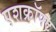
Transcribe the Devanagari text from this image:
एशक्रॉफ्ट